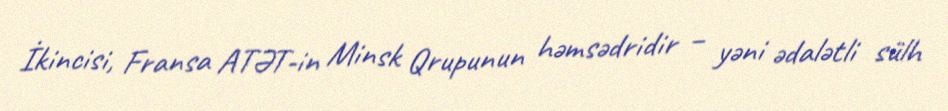
İkincisi, Fransa ATƏT-in Minsk Qrupunun həmsədridir – yəni ədalətli sülh